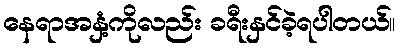
နေရာအနှံ့ကိုလည်း ခရီးနှင်ခဲ့ရပါတယ်။